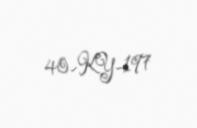
40-KY-197